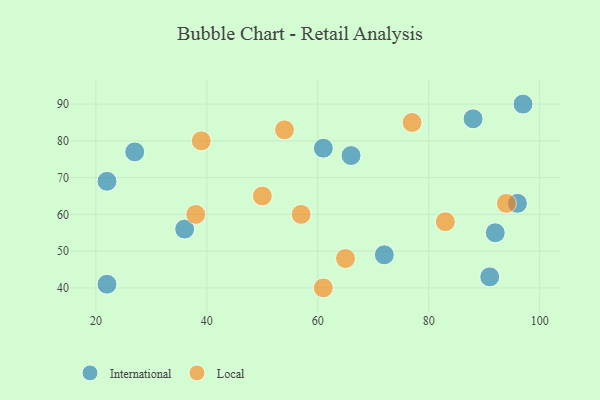
{"axis": {"x": "GDP", "y": "Life Expectancy"}, "legend": ["International", "Local"], "data": [{"x": "22", "y": 69, "type": "International"}, {"x": "22", "y": 41, "type": "International"}, {"x": "92", "y": 55, "type": "International"}, {"x": "91", "y": 43, "type": "International"}, {"x": "72", "y": 49, "type": "International"}, {"x": "61", "y": 78, "type": "International"}, {"x": "66", "y": 76, "type": "International"}, {"x": "36", "y": 56, "type": "International"}, {"x": "96", "y": 63, "type": "International"}, {"x": "27", "y": 77, "type": "International"}, {"x": "97", "y": 90, "type": "International"}, {"x": "88", "y": 86, "type": "International"}, {"x": "38", "y": 60, "type": "Local"}, {"x": "77", "y": 85, "type": "Local"}, {"x": "83", "y": 58, "type": "Local"}, {"x": "50", "y": 65, "type": "Local"}, {"x": "65", "y": 48, "type": "Local"}, {"x": "57", "y": 60, "type": "Local"}, {"x": "54", "y": 83, "type": "Local"}, {"x": "94", "y": 63, "type": "Local"}, {"x": "39", "y": 80, "type": "Local"}, {"x": "61", "y": 40, "type": "Local"}]}